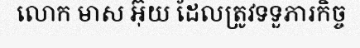
លោក មាស អ៊ុយ ដែលត្រូវទទួភារកិច្ច